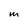
Character: M